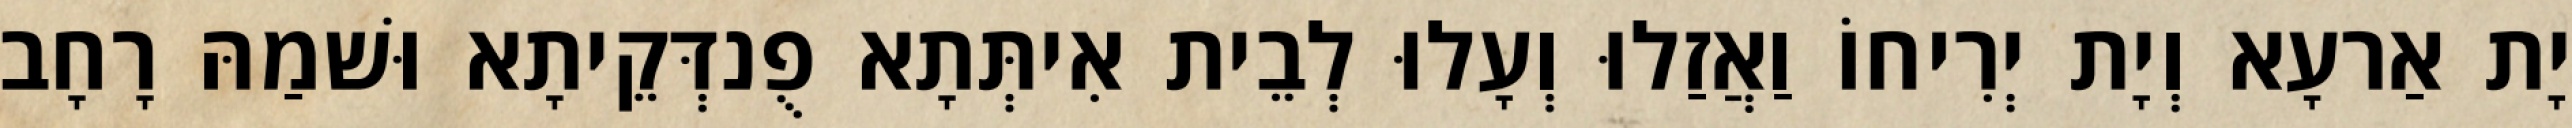
יָת אַרעָא וְיָת יְרִיחוֹ וַאֲזַלוּ וְעָלוּ לְבֵית אִיתְּתָא פֻנדְּקֵיתָא וּשׁמַהּ רָחָב